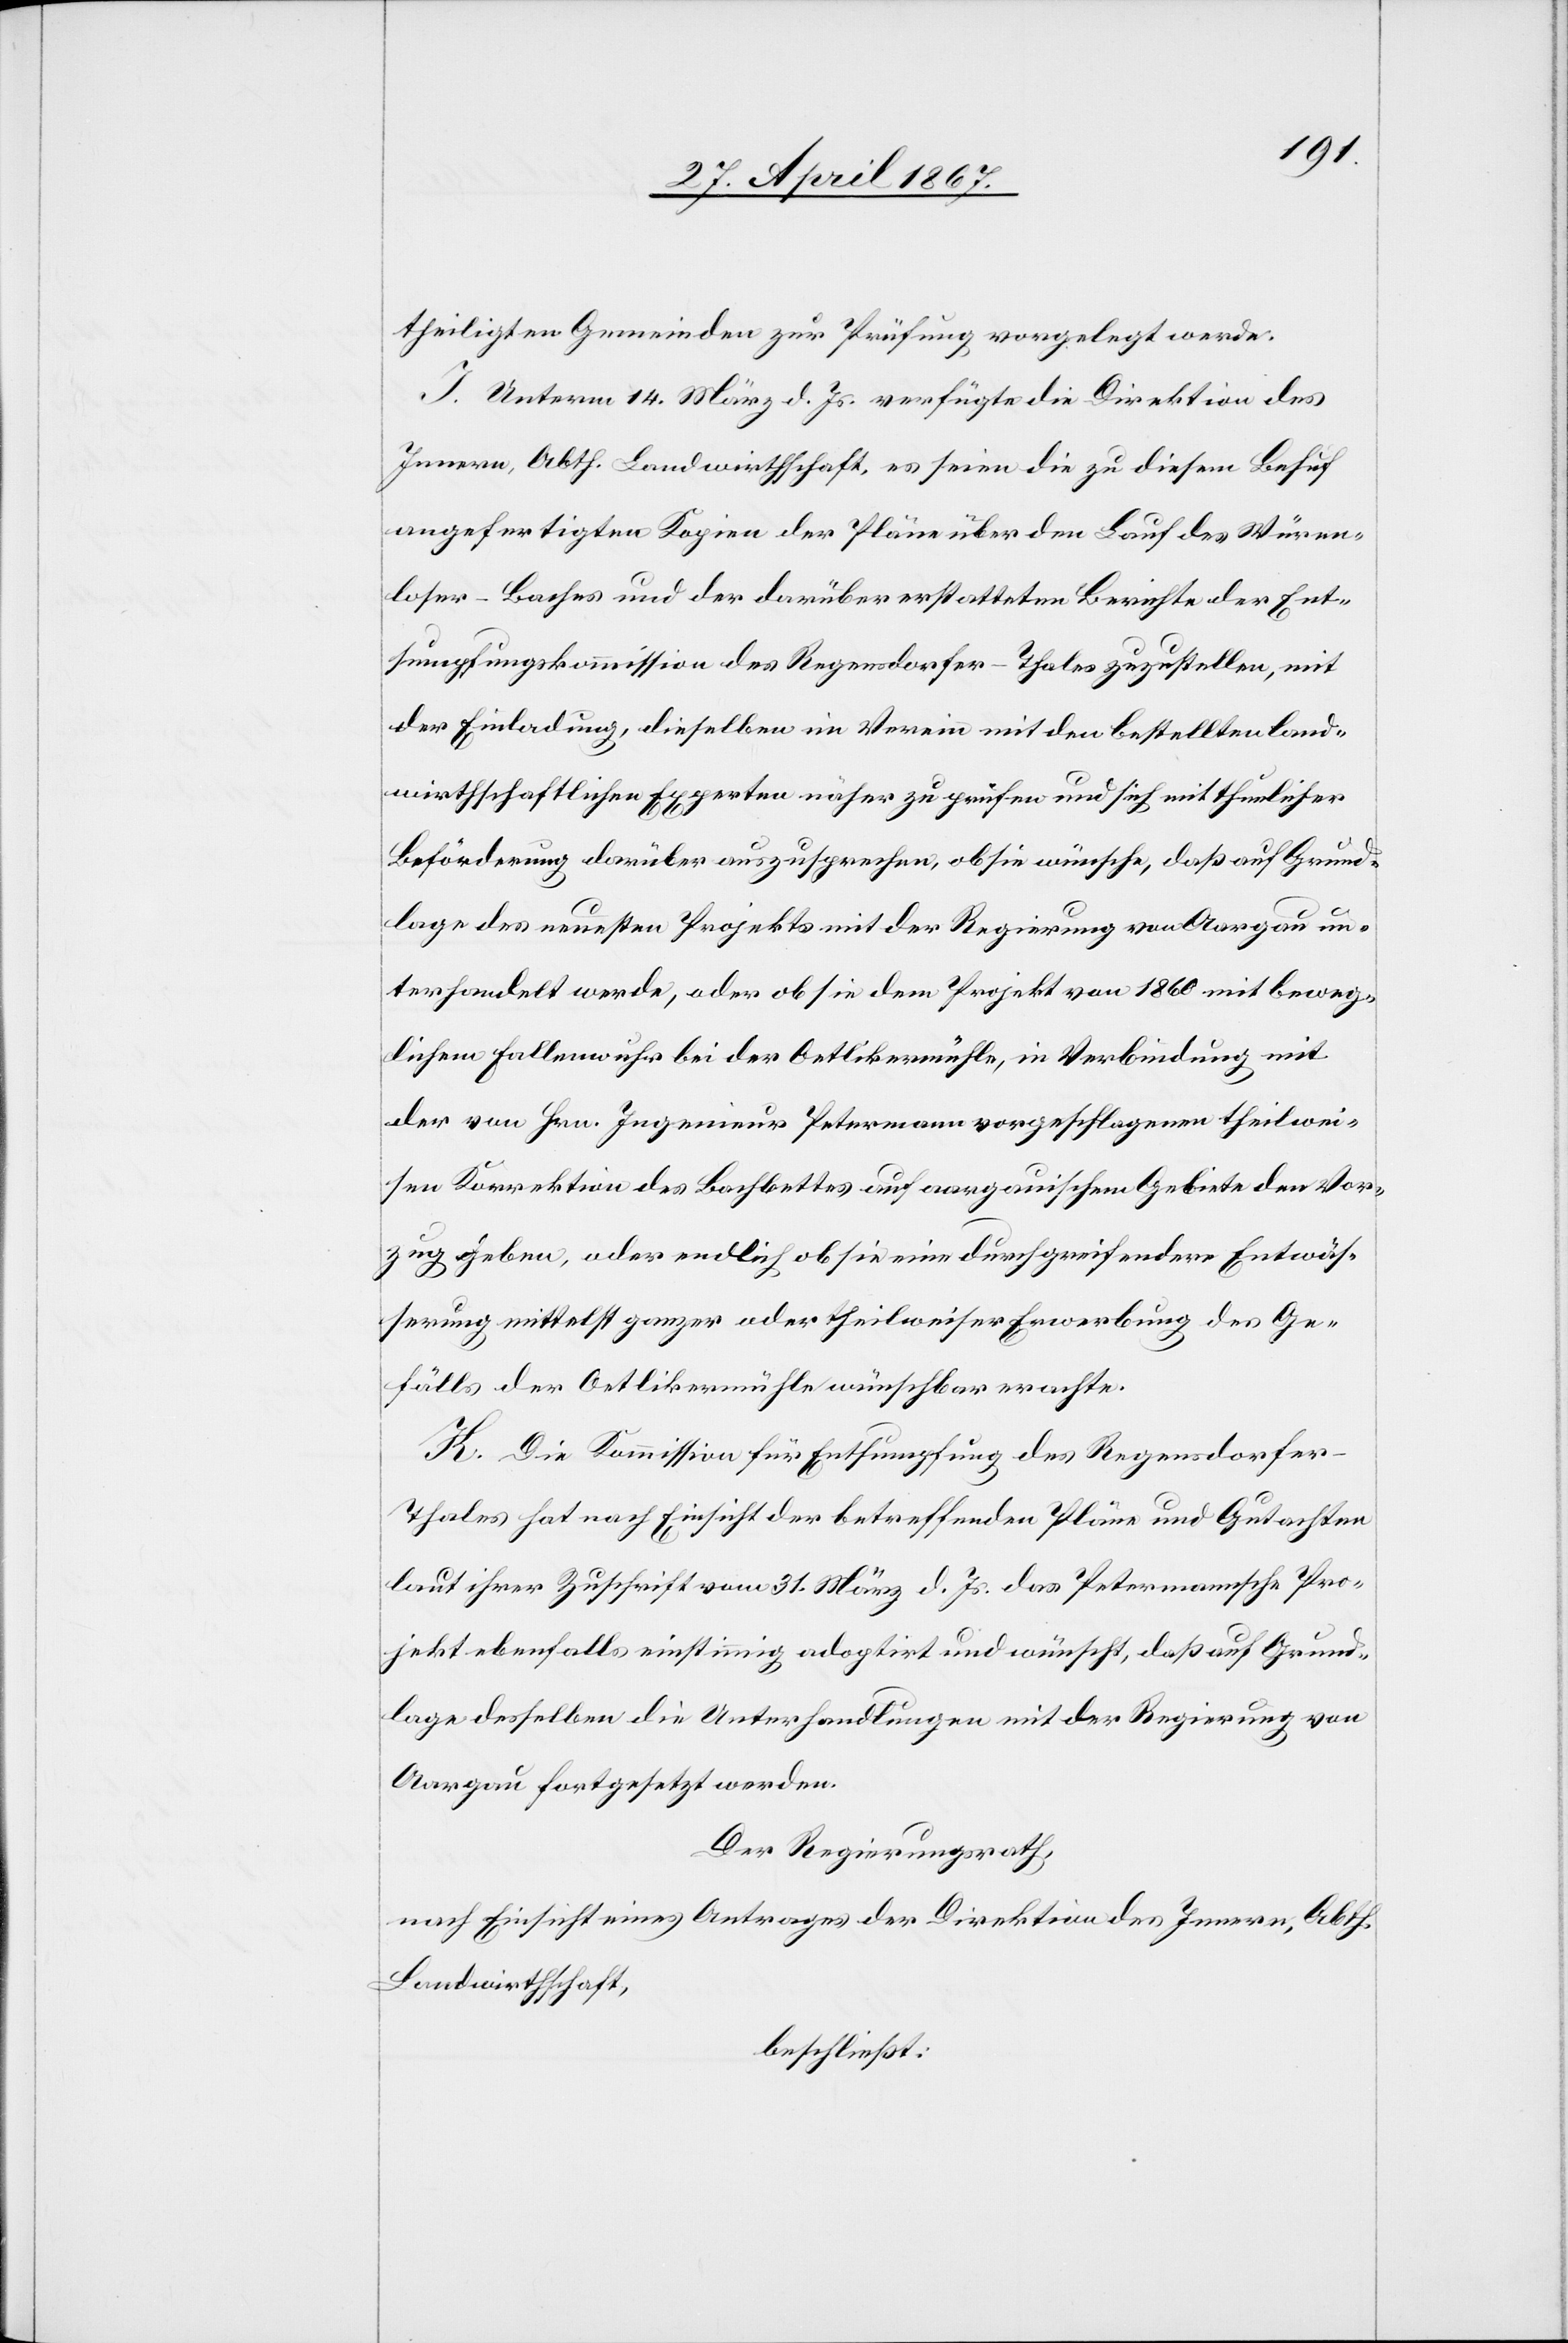
theiligten Gemeinden zur Prüfung vorgelegt werde.
I. Unterm 14. März d. Js. verfügte die Direktion des
Innern, Abth. Landwirthschaft, es seien die zu diesem Behuf
angefertigten Kopien der Pläne über den Lauf des Würen¬
loser-Baches und der darüber erstatteten Berichte der Ent¬
sumpfungskommission des Regensdorfer-Thales zuzustellen, mit
der Einladung, dieselben im Verein mit den bestellten land¬
wirthschaftlichen Experten näher zu prüfen und sich mit thunlicher
Beförderung darüber auszusprechen, ob sie wünsche, daß auf Grund¬
lage des neuesten Projekts mit der Regierung von Aargau un¬
terhandelt werde, oder ob sie dem Projekt von 1860 mit beweg¬
lichem Fallenwuhr bei der Oetlikermühle, in Verbindung mit
der von Hrn. Ingenieur Petermann vorgeschlagenen theilwei¬
sen Korrektion des Bachbettes auf aargauischem Gebiete den Vor¬
zug geben, oder endlich ob sie eine durchgreifendere Entwäs¬
serung mittelst ganzer oder theilweiser Erwerbung des Ge¬
fälls der Oetlikermühle wünschbar machte.
K. Die Kommission für Entsumpfung des Regensdorfer-T¬
hales hat nach Einsicht der betreffenden Pläne und Gutachten
laut ihrer Zuschrift vom 31. März d. Js. das Petermannsche Pro¬
jekt ebenfalls einstimmig adoptirt und wünscht, daß auf Grund¬
lage desselben die Unterhandlungen mit der Regierung von
Aargau fortgesetzt werden.
Der Regierungsrath,
nach Einsicht eines Antrages der Direktion des Innern, Abth.
Landwirthschaft,
beschließt: